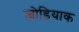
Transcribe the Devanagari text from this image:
जोडियाक